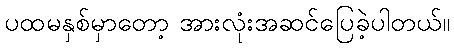
ပထမနှစ်မှာတော့ အားလုံးအဆင်ပြေခဲ့ပါတယ်။